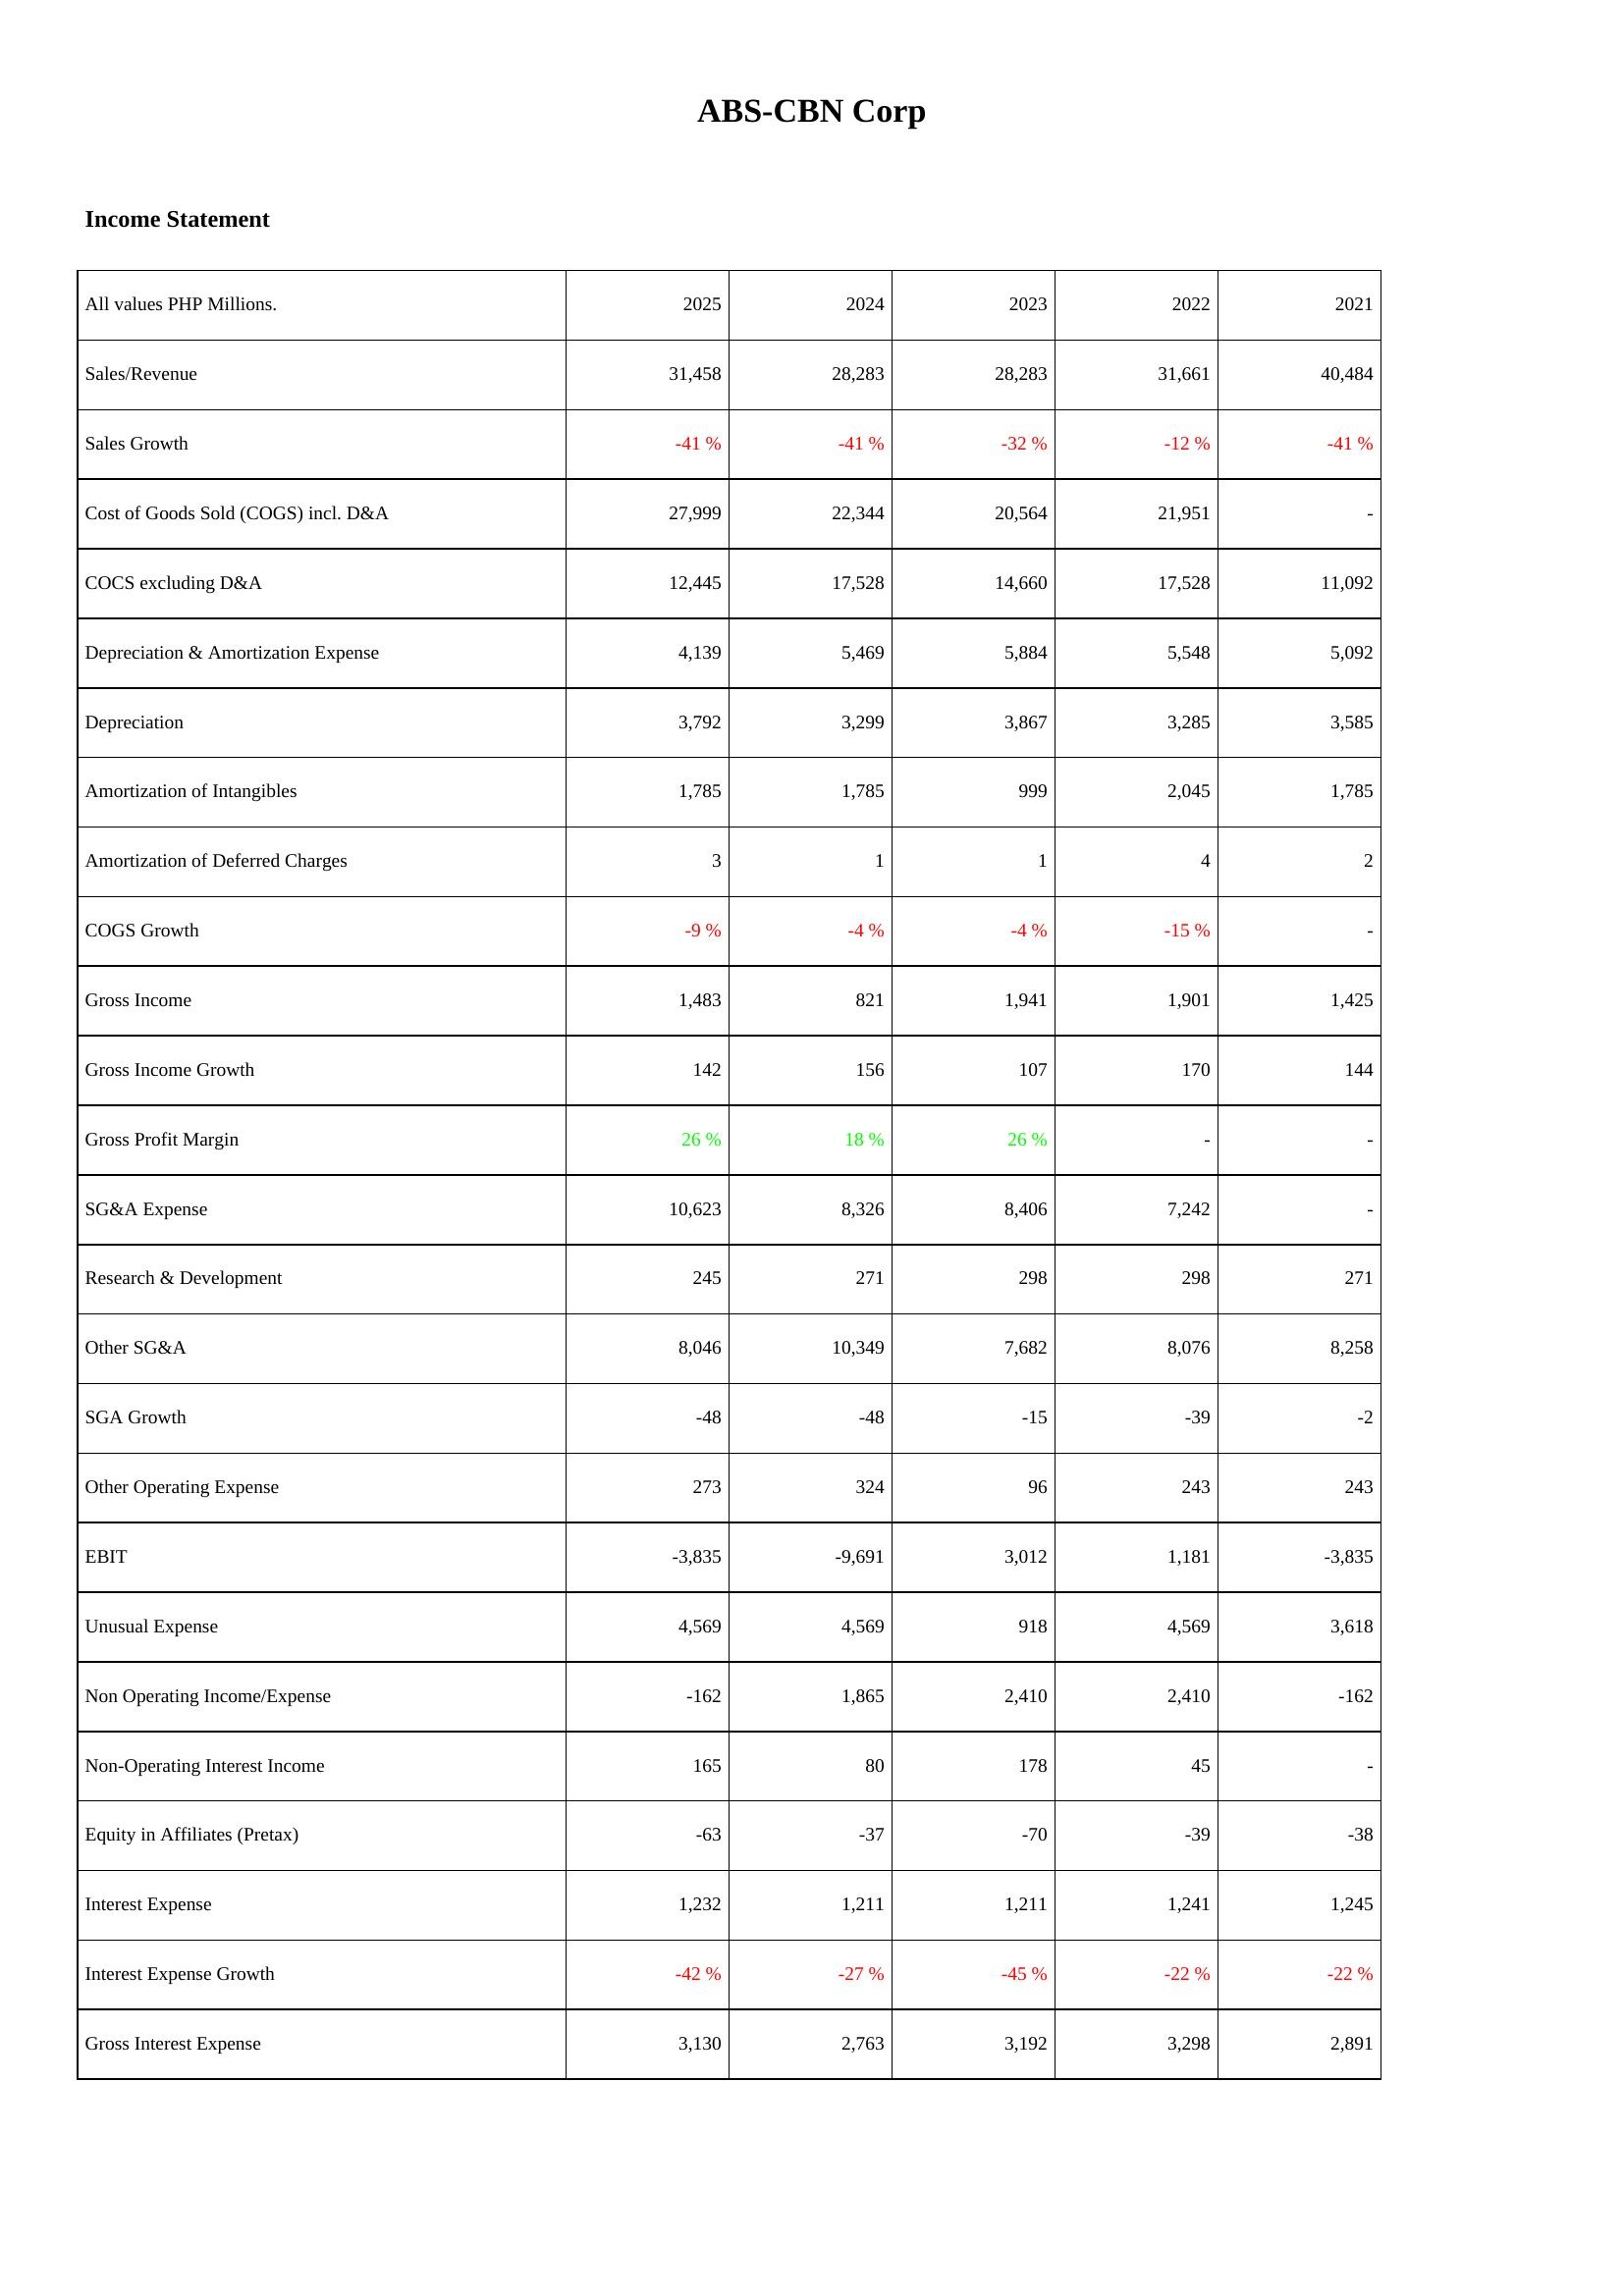
2025: Income Statement: Sales/Revenue: 31,458
Sales Growth: -41 %
Cost of Goods Sold (COGS) incl. D&A: 27,999
COCS excluding D&A: 12,445
Depreciation & Amortization Expense: 4,139
Depreciation: 3,792
Amortization of Intangibles: 1,785
Amortization of Deferred Charges: 3
COGS Growth: -9 %
Gross Income: 1,483
Gross Income Growth: 142
Gross Profit Margin: 26 %
SG&A Expense: 10,623
Research & Development: 245
Other SG&A: 8,046
SGA Growth: -48
Other Operating Expense: 273
EBIT: -3,835
Unusual Expense: 4,569
Non Operating Income/Expense: -162
Non-Operating Interest Income: 165
Equity in Affiliates (Pretax): -63
Interest Expense: 1,232
Interest Expense Growth: -42 %
Gross Interest Expense: 3,130
2024: Income Statement: Sales/Revenue: 28,283
Sales Growth: -41 %
Cost of Goods Sold (COGS) incl. D&A: 22,344
COCS excluding D&A: 17,528
Depreciation & Amortization Expense: 5,469
Depreciation: 3,299
Amortization of Intangibles: 1,785
Amortization of Deferred Charges: 1
COGS Growth: -4 %
Gross Income: 821
Gross Income Growth: 156
Gross Profit Margin: 18 %
SG&A Expense: 8,326
Research & Development: 271
Other SG&A: 10,349
SGA Growth: -48
Other Operating Expense: 324
EBIT: -9,691
Unusual Expense: 4,569
Non Operating Income/Expense: 1,865
Non-Operating Interest Income: 80
Equity in Affiliates (Pretax): -37
Interest Expense: 1,211
Interest Expense Growth: -27 %
Gross Interest Expense: 2,763
2023: Income Statement: Sales/Revenue: 28,283
Sales Growth: -32 %
Cost of Goods Sold (COGS) incl. D&A: 20,564
COCS excluding D&A: 14,660
Depreciation & Amortization Expense: 5,884
Depreciation: 3,867
Amortization of Intangibles: 999
Amortization of Deferred Charges: 1
COGS Growth: -4 %
Gross Income: 1,941
Gross Income Growth: 107
Gross Profit Margin: 26 %
SG&A Expense: 8,406
Research & Development: 298
Other SG&A: 7,682
SGA Growth: -15
Other Operating Expense: 96
EBIT: 3,012
Unusual Expense: 918
Non Operating Income/Expense: 2,410
Non-Operating Interest Income: 178
Equity in Affiliates (Pretax): -70
Interest Expense: 1,211
Interest Expense Growth: -45 %
Gross Interest Expense: 3,192
2022: Income Statement: Sales/Revenue: 31,661
Sales Growth: -12 %
Cost of Goods Sold (COGS) incl. D&A: 21,951
COCS excluding D&A: 17,528
Depreciation & Amortization Expense: 5,548
Depreciation: 3,285
Amortization of Intangibles: 2,045
Amortization of Deferred Charges: 4
COGS Growth: -15 %
Gross Income: 1,901
Gross Income Growth: 170
Gross Profit Margin: -
SG&A Expense: 7,242
Research & Development: 298
Other SG&A: 8,076
SGA Growth: -39
Other Operating Expense: 243
EBIT: 1,181
Unusual Expense: 4,569
Non Operating Income/Expense: 2,410
Non-Operating Interest Income: 45
Equity in Affiliates (Pretax): -39
Interest Expense: 1,241
Interest Expense Growth: -22 %
Gross Interest Expense: 3,298
2021: Income Statement: Sales/Revenue: 40,484
Sales Growth: -41 %
Cost of Goods Sold (COGS) incl. D&A: -
COCS excluding D&A: 11,092
Depreciation & Amortization Expense: 5,092
Depreciation: 3,585
Amortization of Intangibles: 1,785
Amortization of Deferred Charges: 2
COGS Growth: -
Gross Income: 1,425
Gross Income Growth: 144
Gross Profit Margin: -
SG&A Expense: -
Research & Development: 271
Other SG&A: 8,258
SGA Growth: -2
Other Operating Expense: 243
EBIT: -3,835
Unusual Expense: 3,618
Non Operating Income/Expense: -162
Non-Operating Interest Income: -
Equity in Affiliates (Pretax): -38
Interest Expense: 1,245
Interest Expense Growth: -22 %
Gross Interest Expense: 2,891